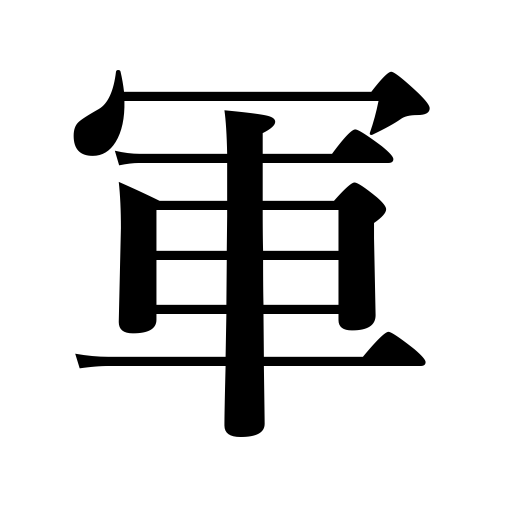
Meanings: troops,army,force